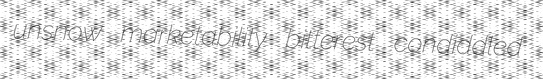
unsnow marketability bitterest condiddled